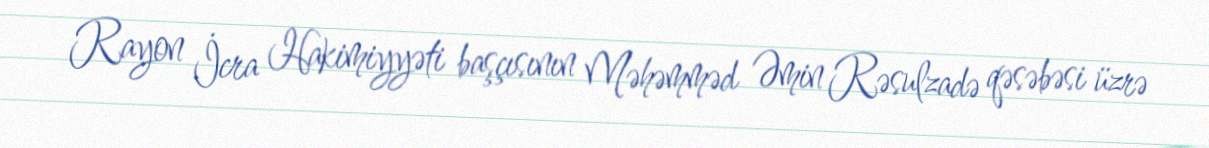
Rayon İcra Hakimiyyəti başçısının Məhəmməd Əmin Rəsulzadə qəsəbəsi üzrə